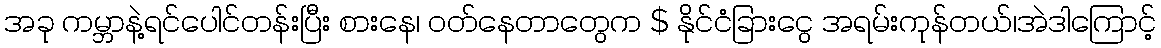
အခု ကမ္ဘာနဲ့ရင်ပေါင်တန်းပြီး စားနေ၊ ဝတ်နေတာတွေက $ နိုင်ငံခြားငွေ အရမ်းကုန်တယ်၊အဲဒါကြောင့်